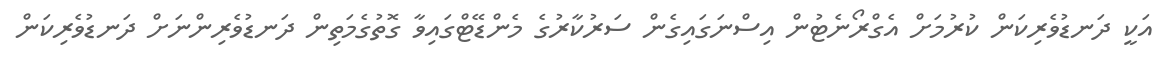
އަކީ ދަނޑުވެރިކަން ކުރުމަށް އެގްރޯނެޓުން އިސްނަގައިގެން ސަރުކާރުގެ މެންޑޭޓްގައިވާ ގޮތުގެމަތިން ދަނޑުވެރިންނަށް ދަނޑުވެރިކަން